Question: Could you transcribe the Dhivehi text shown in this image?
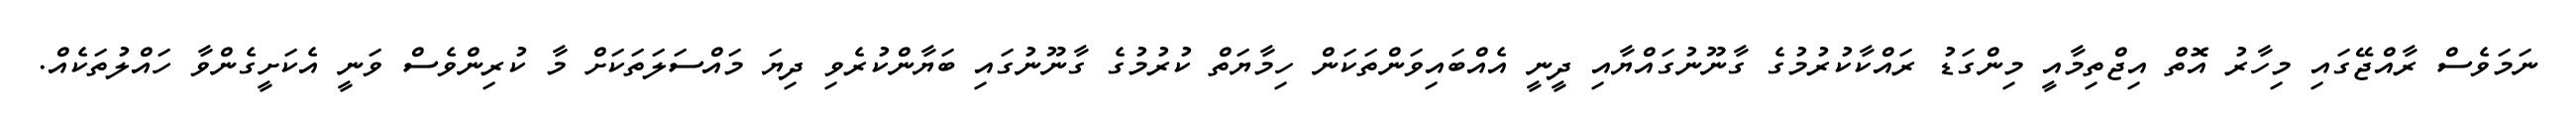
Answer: ނަމަވެސް ރާއްޖޭގައި މިހާރު އޮތް އިޖްތިމާއީ މިންގަޑު ރައްކާކުރުމުގެ ގާނޫނުގައްޔާއި ދީނީ އެއްބައިވަންތަކަން ހިމާޔަތް ކުރުމުގެ ގާނޫނުގައި ބަޔާންކުރެވި ދިޔަ މައްސަލަތަކަށް މާ ކުރިންވެސް ވަނީ އެކަށީގެންވާ ހައްލުތަކެއް.